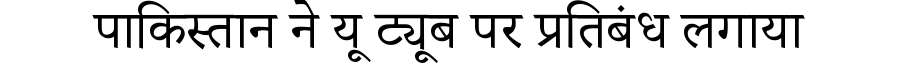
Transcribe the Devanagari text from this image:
पाकिस्तान ने यू ट्यूब पर प्रतिबंध लगाया